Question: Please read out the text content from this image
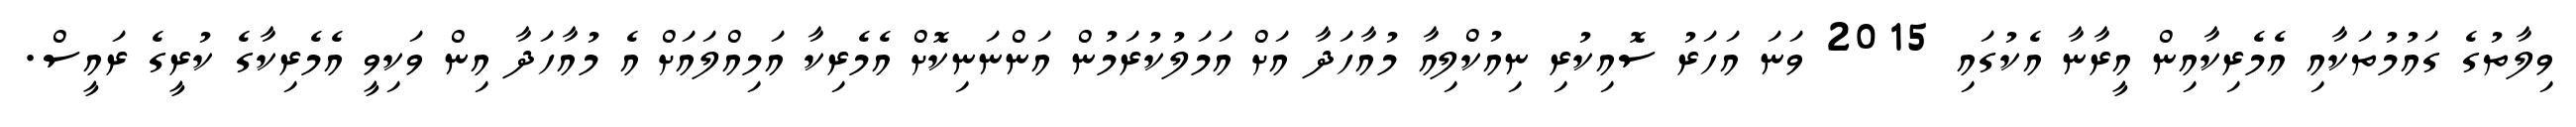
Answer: ވިލާތުގެ ގައުމުތަކާއި އެމެރިކާއިން އީރާނާ އެކުގައި 2015 ވަނަ އަހަރު ސޮއިކުރި ނިއުކްލިއާ މުއާހަދާ އަށް އަމަލުކުރަމުން އަންނަނިކޮށް އެމެރިކާ އަމިއްލައަށް އެ މުއާހަދާ އިން ވަކިވީ އެމެރިކާގެ ކުރީގެ ރައީސް.